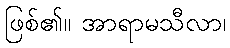
ဖြစ်၏။ အာရာမသီလာ၊